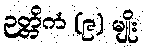
ဉတ္တိကံ (၉) မျိုး